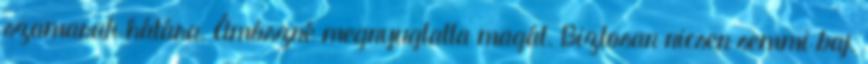
szamarak hátára. Ámószné megnyugtatta magát. Biztosan nicsen semmi baj.